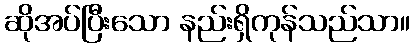
ဆိုအပ်ပြီးသော နည်းရှိကုန်သည်သာ။